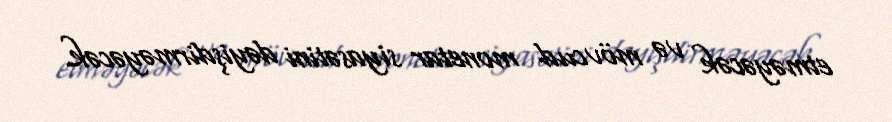
etməyəcək və mövcud monetar siyasətini dəyişdirməyəcək.